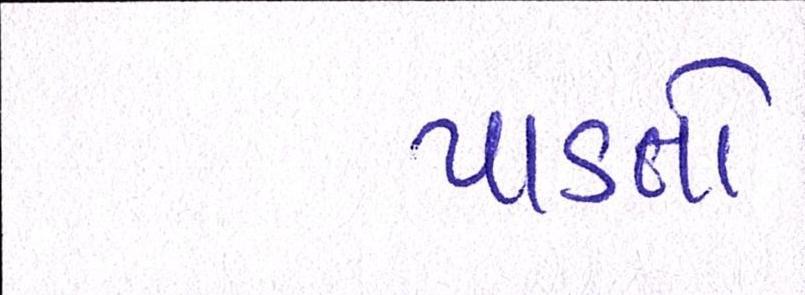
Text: પાડતો